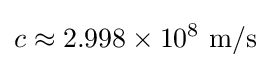
c\approx 2.998\times 10^{8}~{\text{m/s}}